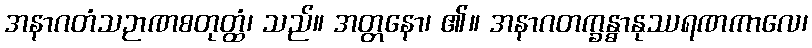
အနာဂတံသဉာဏစတုတ္ထံ၊ သည်။ အတ္တနော၊ ၏။ အနာဂတက္ခန္ဓာနုဿရဏကာလေ၊